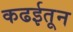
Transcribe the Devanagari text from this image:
कढईतून